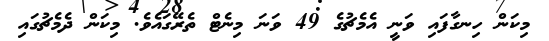
މިކަން ހިނގާފައި ވަނީ އެމެޗުގެ 49 ވަނަ މިނެޓް ތެރޭގައެވެ. މިކަން ދެމެޗުގައި